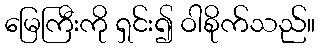
မြေကြီးကို ရှင်း၍ ဝါစိုက်သည်။